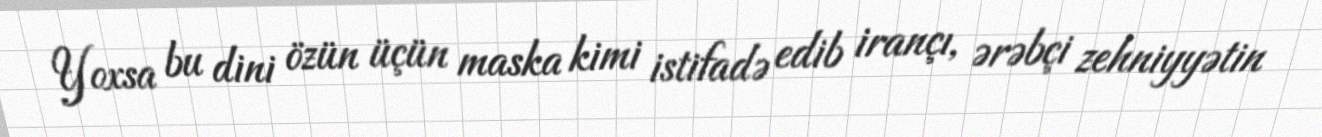
Yoxsa bu dini özün üçün maska kimi istifadə edib irançı, ərəbçi zehniyyətin